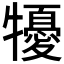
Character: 𤛾